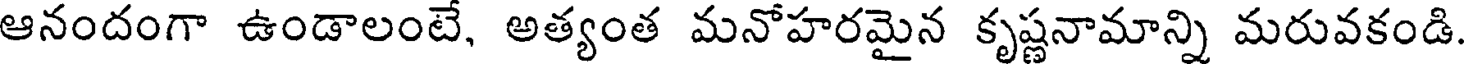
ఆనందంగా ఉండాలంటే, అత్యంత మనోహరమైన కృష్ణనామాన్ని మరువకండి